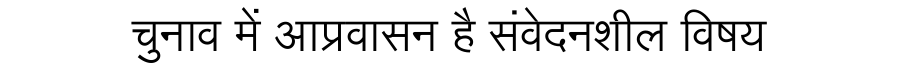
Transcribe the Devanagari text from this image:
चुनाव में आप्रवासन है संवेदनशील विषय